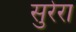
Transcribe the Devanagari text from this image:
सुरेरा